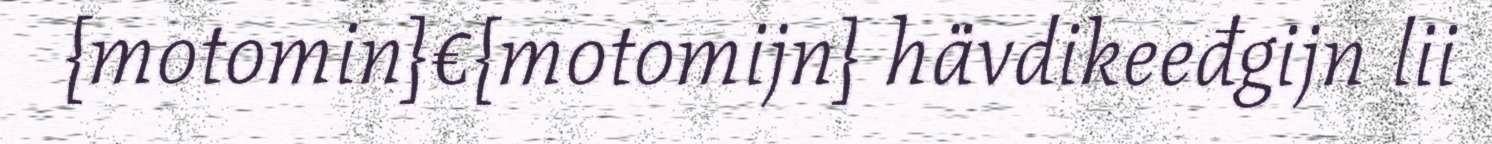
{motomin}€{motomijn} hävdikeeđgijn lii